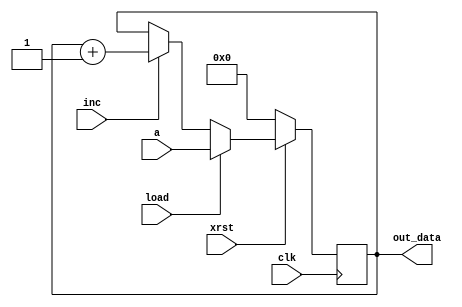
module hack_pc (
    input wire clk,
    input wire xrst,
    input wire load,
    input wire inc,
    input wire [15:0] a,

    output reg [15:0] out_data
);


always @(posedge clk) begin
    if (!xrst) begin
        out_data <= 0;
    end else if (load) begin
        out_data <= a;
    end else if (inc) begin
        out_data <= out_data + 1;
    end
end


endmodule